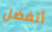
أتفضل